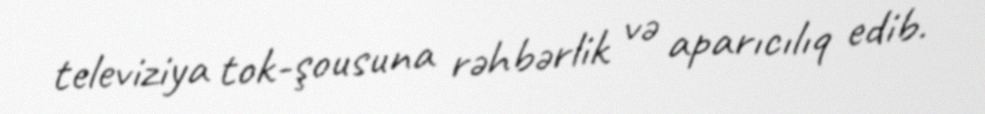
televiziya tok-şousuna rəhbərlik və aparıcılıq edib.